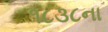
૧૮૩૮ના